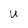
Character: U